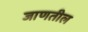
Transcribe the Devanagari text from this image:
जाणतील